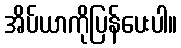
အိပ်ယာကိုပြန်ပေးပါ။